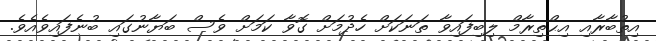
އިތުބާރާއި އިޙްތިރާމް ލިބިފައިވާ ތަނަކަށް ހެދުމަށް ގޮވާ ކަމަށް ވެސް ބަޔާނުގައި ބުނެފައިވެއެވެ.